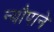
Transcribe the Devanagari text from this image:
न्यौपाने